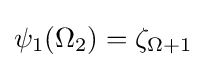
\psi _{1}(\Omega _{2})=\zeta _{\Omega +1}